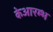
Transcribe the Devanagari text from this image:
केआरम्भ